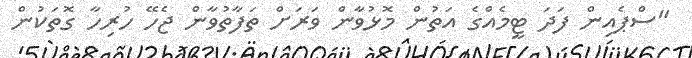
"ސްޕެއިން ފަދަ ޓީމެއްގެ އަތުން މޮޅުވާން ވަރަށް ތަފާތުވާން ޖެހޭ ހުރިހާ ގޮތަކުން